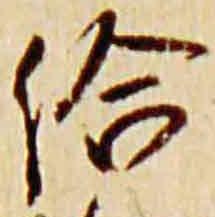
給